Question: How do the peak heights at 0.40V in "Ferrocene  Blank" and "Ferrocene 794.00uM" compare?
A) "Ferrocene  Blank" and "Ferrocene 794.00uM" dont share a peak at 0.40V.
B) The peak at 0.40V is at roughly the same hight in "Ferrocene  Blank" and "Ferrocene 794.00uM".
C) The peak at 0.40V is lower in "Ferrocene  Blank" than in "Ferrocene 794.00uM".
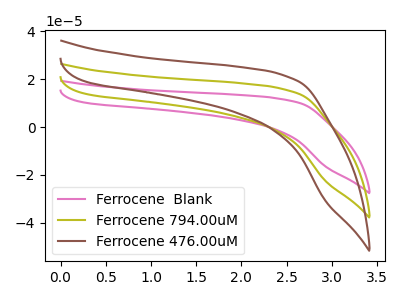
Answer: <think>The pink curve "Ferrocene  Blank" has no peaks. The olive curve "Ferrocene 794.00uM" has no peaks. The brown curve "Ferrocene 476.00uM" has no peaks.</think>
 <answer>A) "Ferrocene  Blank" and "Ferrocene 794.00uM" dont share a peak at 0.40V.</answer>
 <eval>A</eval>